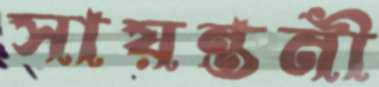
সায়ন্তনী